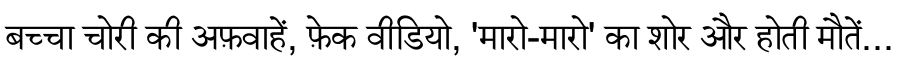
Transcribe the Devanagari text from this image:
बच्चा चोरी की अफ़वाहें, फ़ेक वीडियो, 'मारो-मारो' का शोर और होती मौतें...